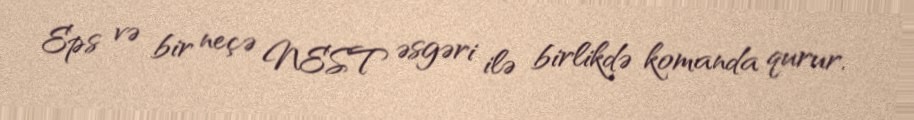
Eps və bir neçə NEST əsgəri ilə birlikdə komanda qurur.